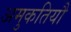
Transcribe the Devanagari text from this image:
अमुकतियौ